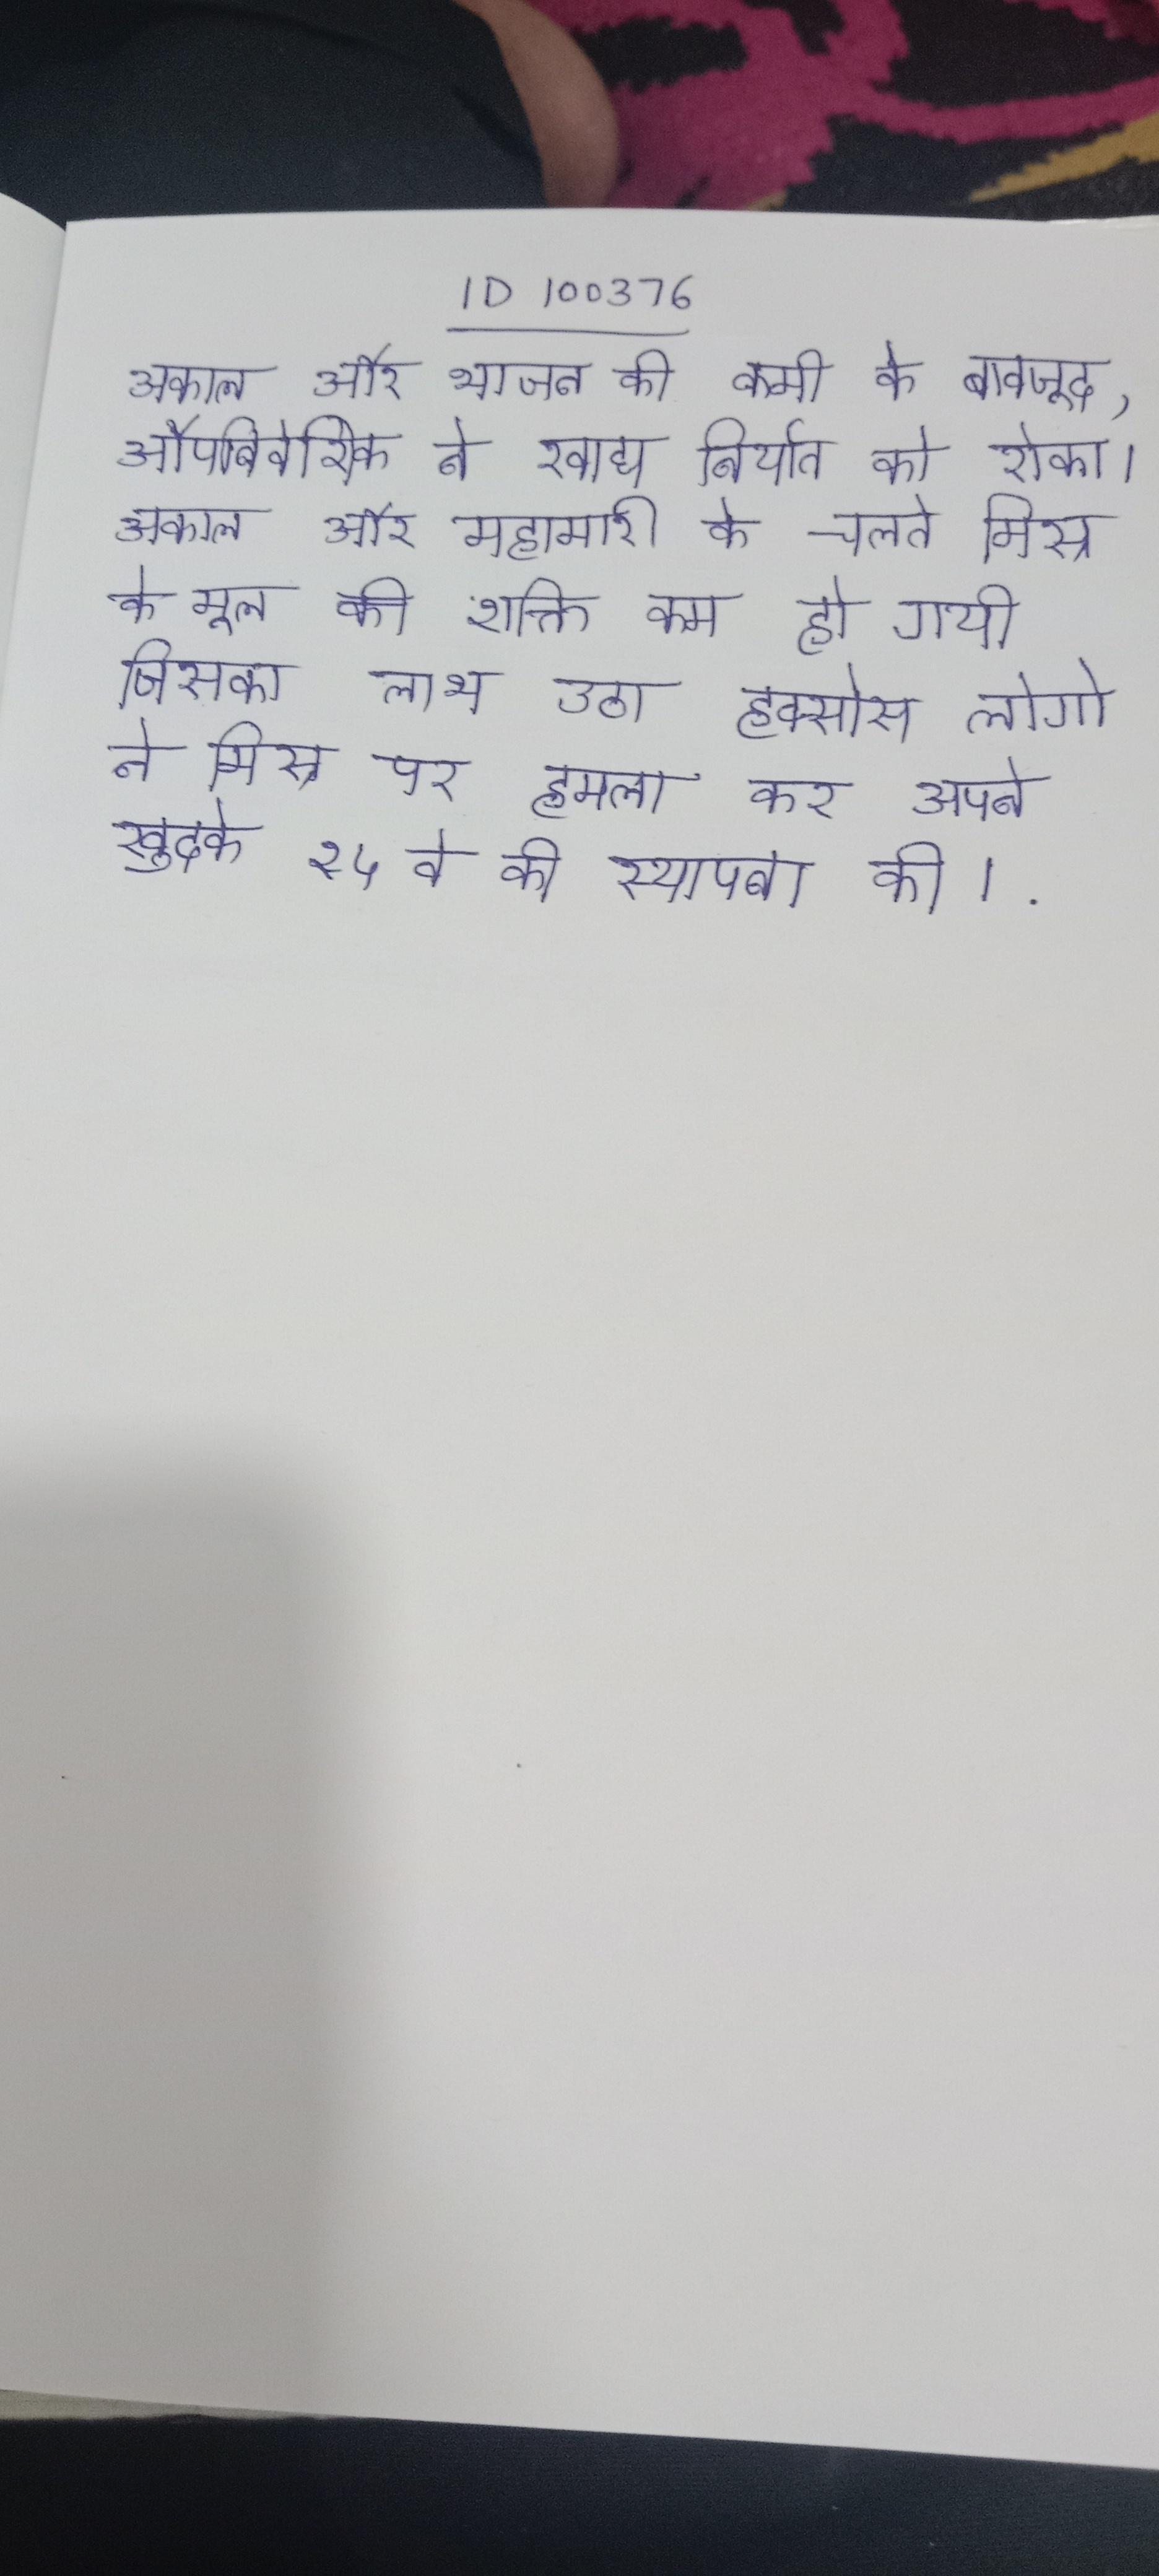
अकाल और भोजन की कमी के बावजूद, औपनिवेशिक ने खाद्य निर्यात को रोका । अकाल और महामारी के चलते मिस्र के मूल की शक्ति कम हो गयी जिसका लाभ उठा हिक्सोस लोगो ने मिस्र पर हमला कर अपने खुदके १५वे की स्थापना की ।